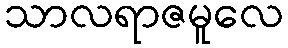
သာလရာဇမူလေ